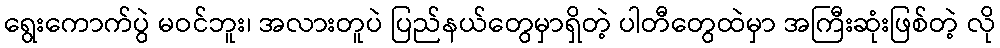
ရွေးကောက်ပွဲ မဝင်ဘူး၊ အလားတူပဲ ပြည်နယ်တွေမှာရှိတဲ့ ပါတီတွေထဲမှာ အကြီးဆုံးဖြစ်တဲ့ လို